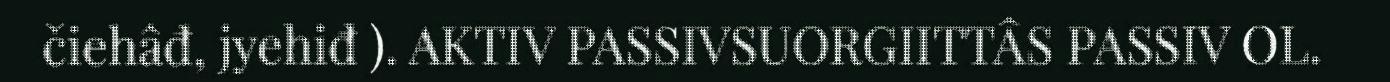
čiehâđ, jyehiđ ). AKTIV PASSIVSUORGIITTÂS PASSIV OL.